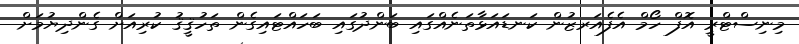
މިނިސްޓްރީ އޮފް ހޯމް އެފެއަރޒުން ކަނޑައަޅާތަނެއްގައި ބަންދުގައި ބަހައްޓައިގެން ތަހުޤީޤު ކުރިއަށް ގެންދިޔުމަށް